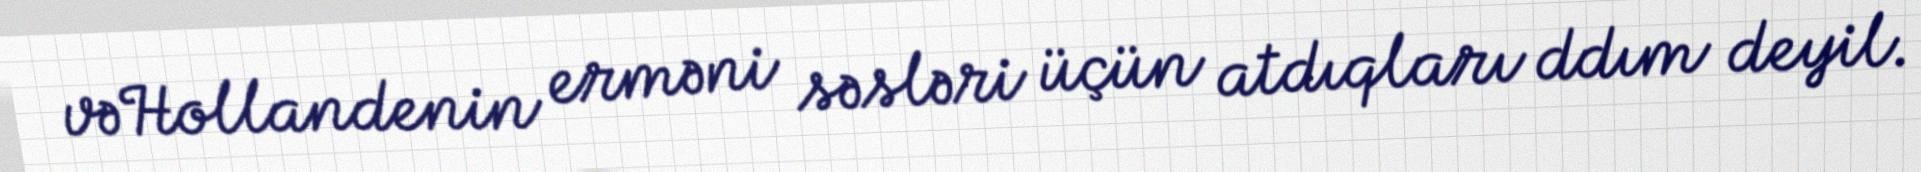
vəHollandenin erməni səsləri üçün atdıqları ddım deyil.